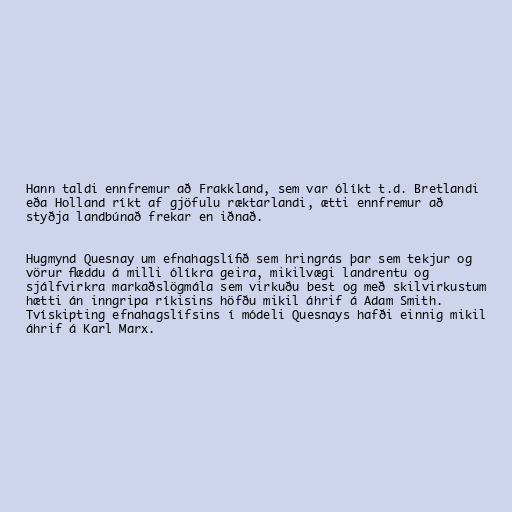
Hann taldi ennfremur að Frakkland, sem var ólíkt t.d. Bretlandi
eða Holland ríkt af gjöfulu ræktarlandi, ætti ennfremur að
styðja landbúnað frekar en iðnað.

Hugmynd Quesnay um efnahagslífið sem hringrás þar sem tekjur og
vörur flæddu á milli ólíkra geira, mikilvægi landrentu og
sjálfvirkra markaðslögmála sem virkuðu best og með skilvirkustum
hætti án inngripa ríkisins höfðu mikil áhrif á Adam Smith.
Tvískipting efnahagslífsins í módeli Quesnays hafði einnig mikil
áhrif á Karl Marx.